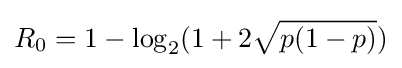
R_{0}=1-\log _{2}(1+2{\sqrt {p(1-p)}})